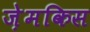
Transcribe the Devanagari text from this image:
ज़ेमकिस